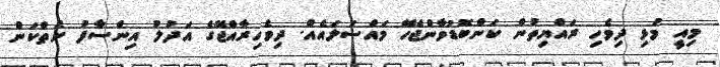
މިއީ މުޅި ދިވެހި ރައްޔިތުން ކަންބޮޑުވާންޖެހޭ މައްސަލައެއް. ދިވެހިރާއްޖޭގެ އަދުލު އިންސާފު ނެތްކަން